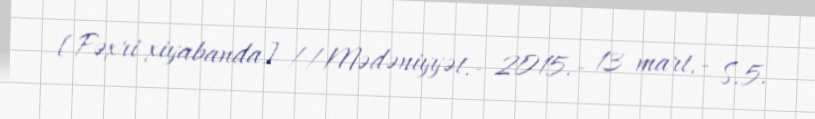
[Fəxri xiyabanda] //Mədəniyyət.- 2015.- 13 mart.- S.5.